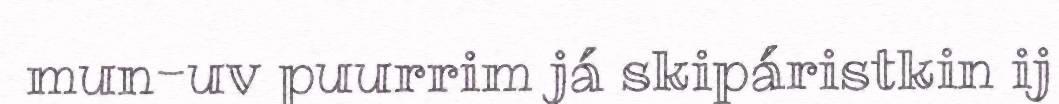
mun-uv puurrim já skipáristkin ij